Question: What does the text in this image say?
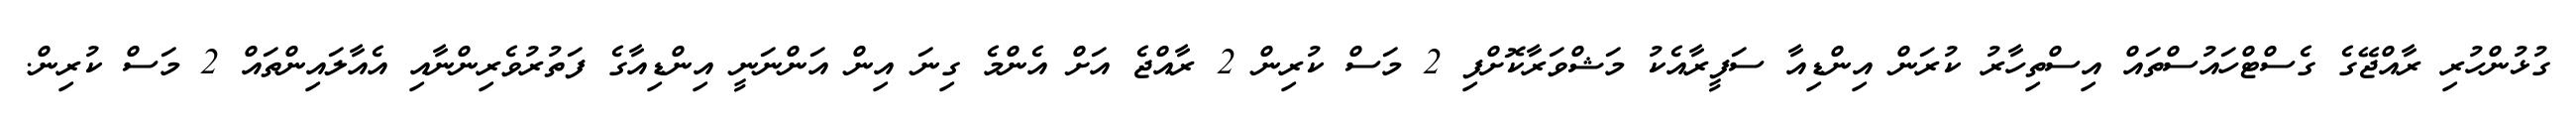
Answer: ގުޅުންހުރި ރާއްޖޭގެ ގެސްޓްހައުސްތައް އިސްތިހާރު ކުރަން އިންޑިއާ ސަފީރާއެކު މަޝްވަރާކޮށްފި 2 މަސް ކުރިން 2 ރާއްޖެ އަށް އެންމެ ގިނަ އިން އަންނަނީ އިންޑިއާގެ ފަތުރުވެރިންނާއި އެއާލައިންތައް 2 މަސް ކުރިން.